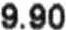
9.90